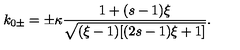
k _ { 0 \pm } = \pm \kappa \frac { 1 + ( s - 1 ) \xi } { \sqrt { ( \xi - 1 ) [ ( 2 s - 1 ) \xi + 1 ] } } .